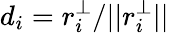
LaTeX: d_{i}=r_{i}^{\perp}/||r_{i}^{\perp}||